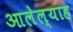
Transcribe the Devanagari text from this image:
आलेल्याह